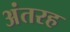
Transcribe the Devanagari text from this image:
अंतरह